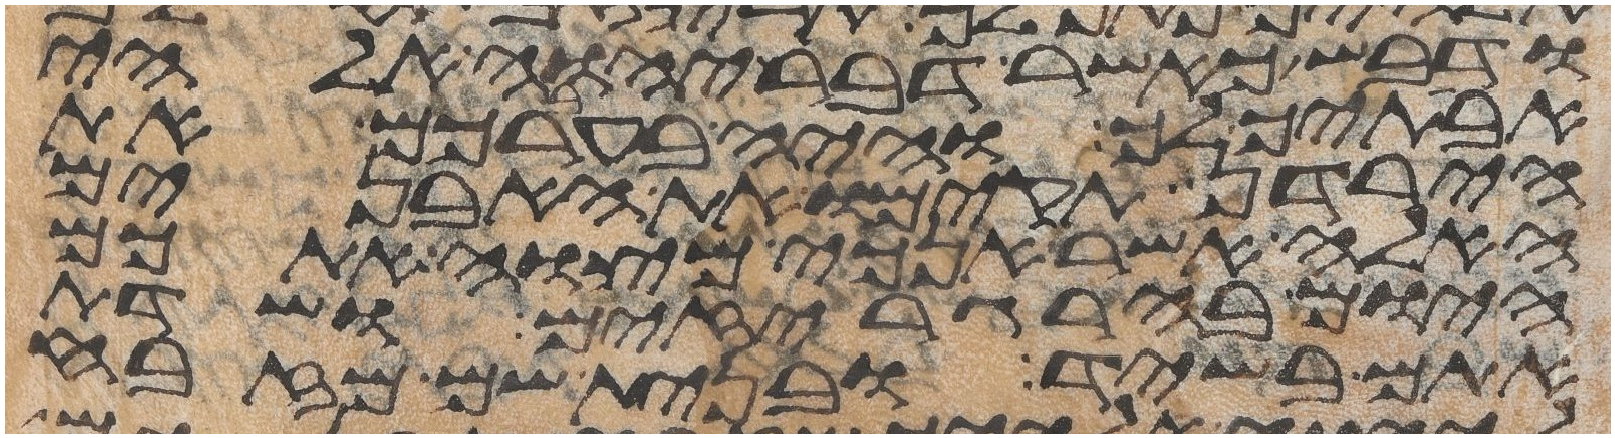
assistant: ודבש כאשר דבר יהוה אלהי
אבתיך לך והיה בעברכם את
הירדן תקימו את האבנים
האלה אשר אנכי מצוה אתכם
היום בהרגריזים ושדת
אתם בשיד ובנית שם מזבח